Report of the Municipal Commissioner on the plague in Bombay for the year ending 31st May... - Volume 1
Disease focus: Plague
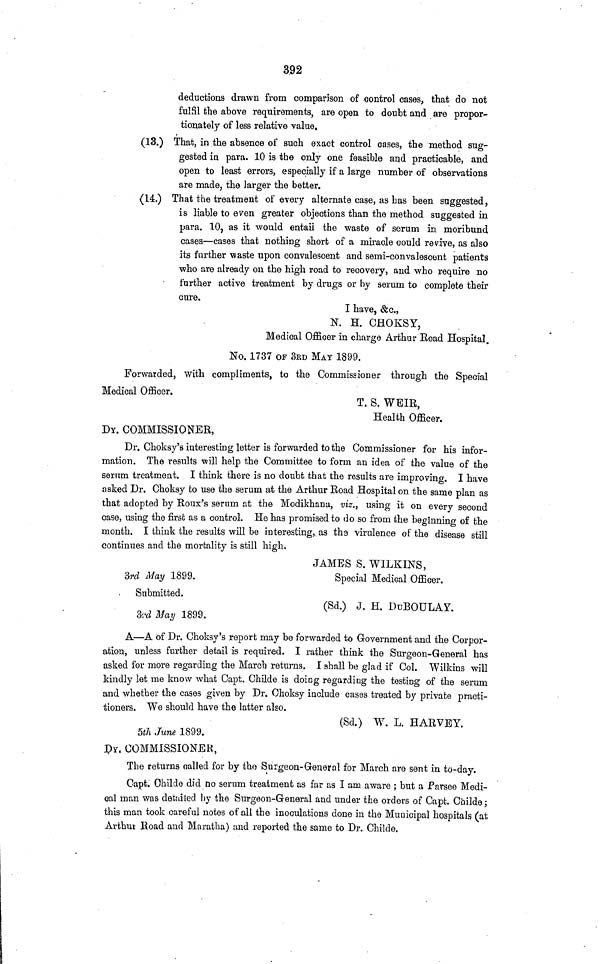
392
deductions drawn from comparison of control cases, that do not
ful SI the above requirements, are open to doubt and are propor-
tionately of less relative value,
(13.) That, in the absence of such exact control cases, the method sug-
gested in para. 10 is the only one feasible and practicable, and
open to least errors, especially if a large number of observations
are made, the larger the better.
(14.) That the treatment of every alternate case, as has been suggested,
is liable to even greater objections than the method suggested in
para. 10, as it would entail the waste of serum in moribund
cases—cases that nothing short of a miracle could revive, as also
its further waste upon convalescent and semi-convalescent patients
who are already on the high road to recovery, and who require no
further active treatment by drugs or by serum to complete their
cure.
I have, &c.,
N. H. CHOKSY,
Medical Officer in charge Arthur Eoad Hospital.
No. 1737 OF 3RD MAT 1899.
Forwarded, with compliments, to the Commissioner through the Special
Medical Officer.
T. S. WEIR,
Health Officer.
DY. COMMISSIONER,
Dr. Choksy's interesting letter is forwarded to the Commissioner for his infor-
mation. The results will help the Committee to form an idea of the value of the
serum treatment. I think there is no doubt that the results are improving. I have
asked Dr. Choksy to use the serum at the Arthur Road Hospital on the same plan as
that adopted by Roux's serum at the Modikhana, viz., using it on every second
case, using the first as a control. He has promised to do so from the beginning of the
month. I think the results will be interesting,, as ths virulence of the disease still
continues and the mortality is still high.
JAMBS S. WILKINS,
3rd May 1899.
Special Medical Officer.
Submitted.
(Sd.) J. H. DüBOULAY.
3rá May 1899.
A—A of Dr. Choksy's report may be forwarded to Government and the Corpor-
ation, unless further detail is required. I rather think the Surgeon-General has
asked for more regarding the March returns, I shall be glad if Col. Wilkins will
kindly let me know what Capt, Childe is doing regarding the testing of the serum
and whether the cases given by Dr. Choksy include cases treated by private practi-
tioners. We should have the latter also.
(Sei.) W. L. HARVEY.
5th June 1899.
PY. COMMISSIONER,
The returns oalled for by tho Surgeon-General for March are sent in to-day.
Gapt. Childe did no serum treatment as far as I am aware ; but a farsee Medi-
cal man was detailed by the Surgeon-General and under the orders of Capt. Childe;
this man took careful notes o fall the inoculations done in the Municipal hospitals (at
Arthui Road and Maratha) and reported the same to Dr. Childe.